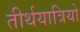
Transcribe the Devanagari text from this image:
तीर्थयात्रियो